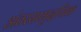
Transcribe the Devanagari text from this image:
अंतरसामुदायिक